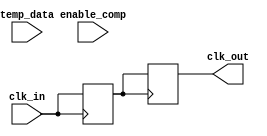
module TempCompensatedClockBuffer (
    input wire clk_in,          // Input clock signal
    input wire [7:0] temp_data, // Temperature data input (digital representation)
    input wire enable_comp,     // Enable temperature compensation
    output reg clk_out          // Compensated clock output
);

    // Parameters
    parameter CLK_FREQ = 100;   // Clock frequency in MHz (example)
    parameter TEMP_MIN = 8'h00;  // Minimum temperature (e.g., -40C)
    parameter TEMP_MAX = 8'h7F;  // Maximum temperature (e.g., +125C)
    
    // Compensation factors (example values, should be calibrated)
    reg [7:0] compensation_factor;

    // Internal clock signal
    reg internal_clk;

    // Clock generation with compensation
    always @(posedge clk_in) begin
        if (enable_comp) begin
            // Compensation logic based on temperature data
            compensation_factor = calculate_compensation(temp_data);
            // Adjust internal clock signal based on compensation factor
            internal_clk <= adjust_clk(clk_in, compensation_factor);
        end else begin
            internal_clk <= clk_in; // No compensation
        end
    end

    // Output buffering
    always @(posedge internal_clk) begin
        clk_out <= internal_clk; // Buffering the output clock
    end

    // Function to calculate compensation factor based on temperature
    function [7:0] calculate_compensation(input [7:0] temp);
        begin
            // Simple linear compensation for demonstration
            if (temp < TEMP_MIN)
                calculate_compensation = 8'h00; // No compensation
            else if (temp > TEMP_MAX)
                calculate_compensation = 8'hFF; // Max compensation
            else
                calculate_compensation = (temp - TEMP_MIN) * 8'hFF / (TEMP_MAX - TEMP_MIN);
        end
    endfunction

    // Function to adjust clock signal based on compensation factor
    function adjust_clk(input wire clk, input [7:0] comp_factor);
        begin
            // Placeholder for actual clock adjustment logic
            // This could involve PLL/DLL adjustments, phase shifting, etc.
            // Here we simply return the input clock for demonstration
            adjust_clk = clk; // No actual adjustment in this example
        end
    endfunction

endmodule